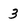
Character: 3